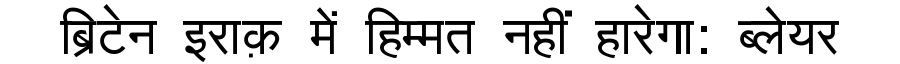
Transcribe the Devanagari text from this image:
ब्रिटेन इराक़ में हिम्मत नहीं हारेगा: ब्लेयर